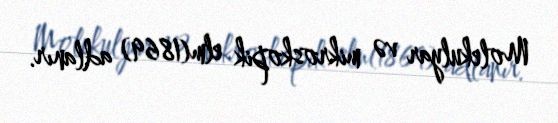
Molekulyar və mikroskopik elm(1869) adlanır.